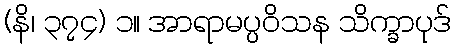
(နိ၊ ၃၇၄) ၁။ အာရာမပ္ပဝိသန သိက္ခာပုဒ်